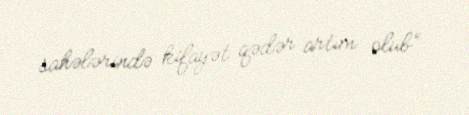
sahələrində kifayət qədər artım olub”.